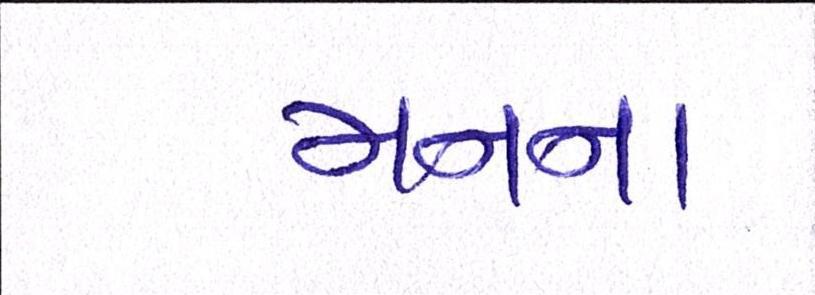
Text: મનના